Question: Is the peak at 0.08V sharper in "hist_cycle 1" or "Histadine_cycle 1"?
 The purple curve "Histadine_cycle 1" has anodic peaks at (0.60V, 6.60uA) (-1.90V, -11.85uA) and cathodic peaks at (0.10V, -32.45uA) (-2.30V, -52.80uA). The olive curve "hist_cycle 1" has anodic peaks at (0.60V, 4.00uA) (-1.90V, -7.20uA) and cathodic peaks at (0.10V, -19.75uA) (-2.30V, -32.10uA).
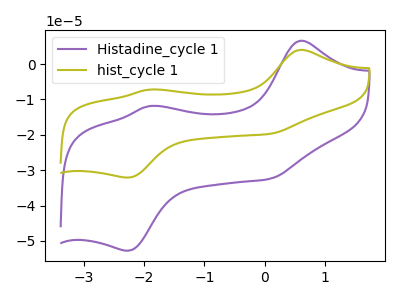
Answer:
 <answer>The peak at 0.08V is lower in "hist_cycle 1" than in "Histadine_cycle 1".</answer>
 <eval>lower</eval>